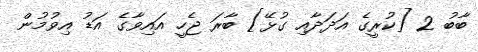
ބާބު 2 [ކުރީގެ އަދަދާއި ގުޅޭ] ބާރަ ޖެހީ އައިވާގެ އަޑު އިވުމުން